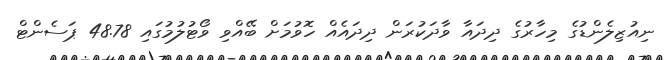
ނިއުޒިލެންޑުގެ މިހާރުގެ ދިދައާ ވާދަކުރަން ދިދައެއް ހޮވުމަށް ބޭއްވި ވޯޓުލުމުގައި 48.78 ޕަސެންޓް